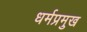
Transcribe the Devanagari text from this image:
धर्मप्रमुख